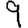
Digit: 9